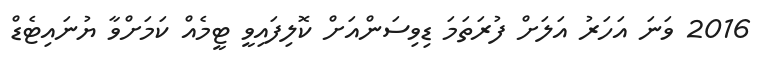
2016 ވަނަ އަހަރު އަލަށް ފުރަތަމަ ޑިވިސަންއަށް ކޮލިފައިވީ ޓީމެއް ކަމަށްވާ ޔުނައިޓެޑް